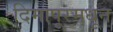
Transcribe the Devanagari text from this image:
दिमापूरमधून